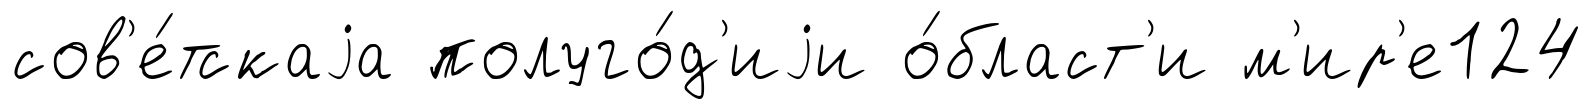
сов'е́тскаjа полуго́д'иjи о́бласт'и м'ир'е124